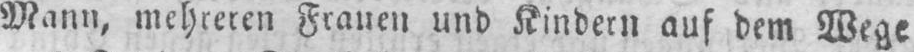
Mann, mehreren Frauen und Kindern auf dem Wege